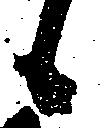
候